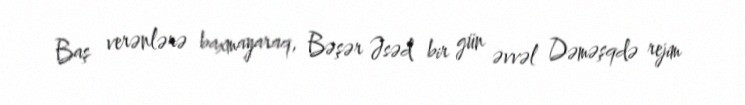
Baş verənlərə baxmayaraq, Bəşər Əsəd bir gün əvvəl Dəməşqdə rejim